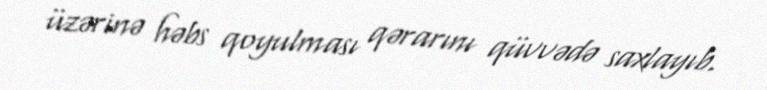
üzərinə həbs qoyulması qərarını qüvvədə saxlayıb.